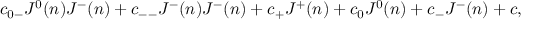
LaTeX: c _ { 0 - } J ^ { 0 } ( n ) J ^ { - } ( n ) + c _ { -- } J ^ { - } ( n ) J ^ { - } ( n ) + c _ { + } J ^ { + } ( n ) + c _ { 0 } J ^ { 0 } ( n ) + c _ { - } J ^ { - } ( n ) + c ,